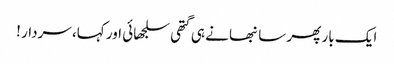
ایک بار پھر سانبھا نے ہی گتھی سلجھائی اور کہا، سردار !